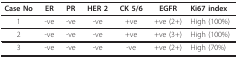
| Case No | ER | PR | HER 2 | CK 5/6 | EGFR | Ki67 index |
 | --- | --- | --- | --- | --- | --- | --- |
 | 1 | -ve | -ve | -ve | +ve | +ve (2+) | High (100%) |
 | 2 | -ve | -ve | -ve | +ve | +ve (3+) | High (100%) |
 | 3 | -ve | -ve | -ve | -ve | +ve (2+) | High (70%) |